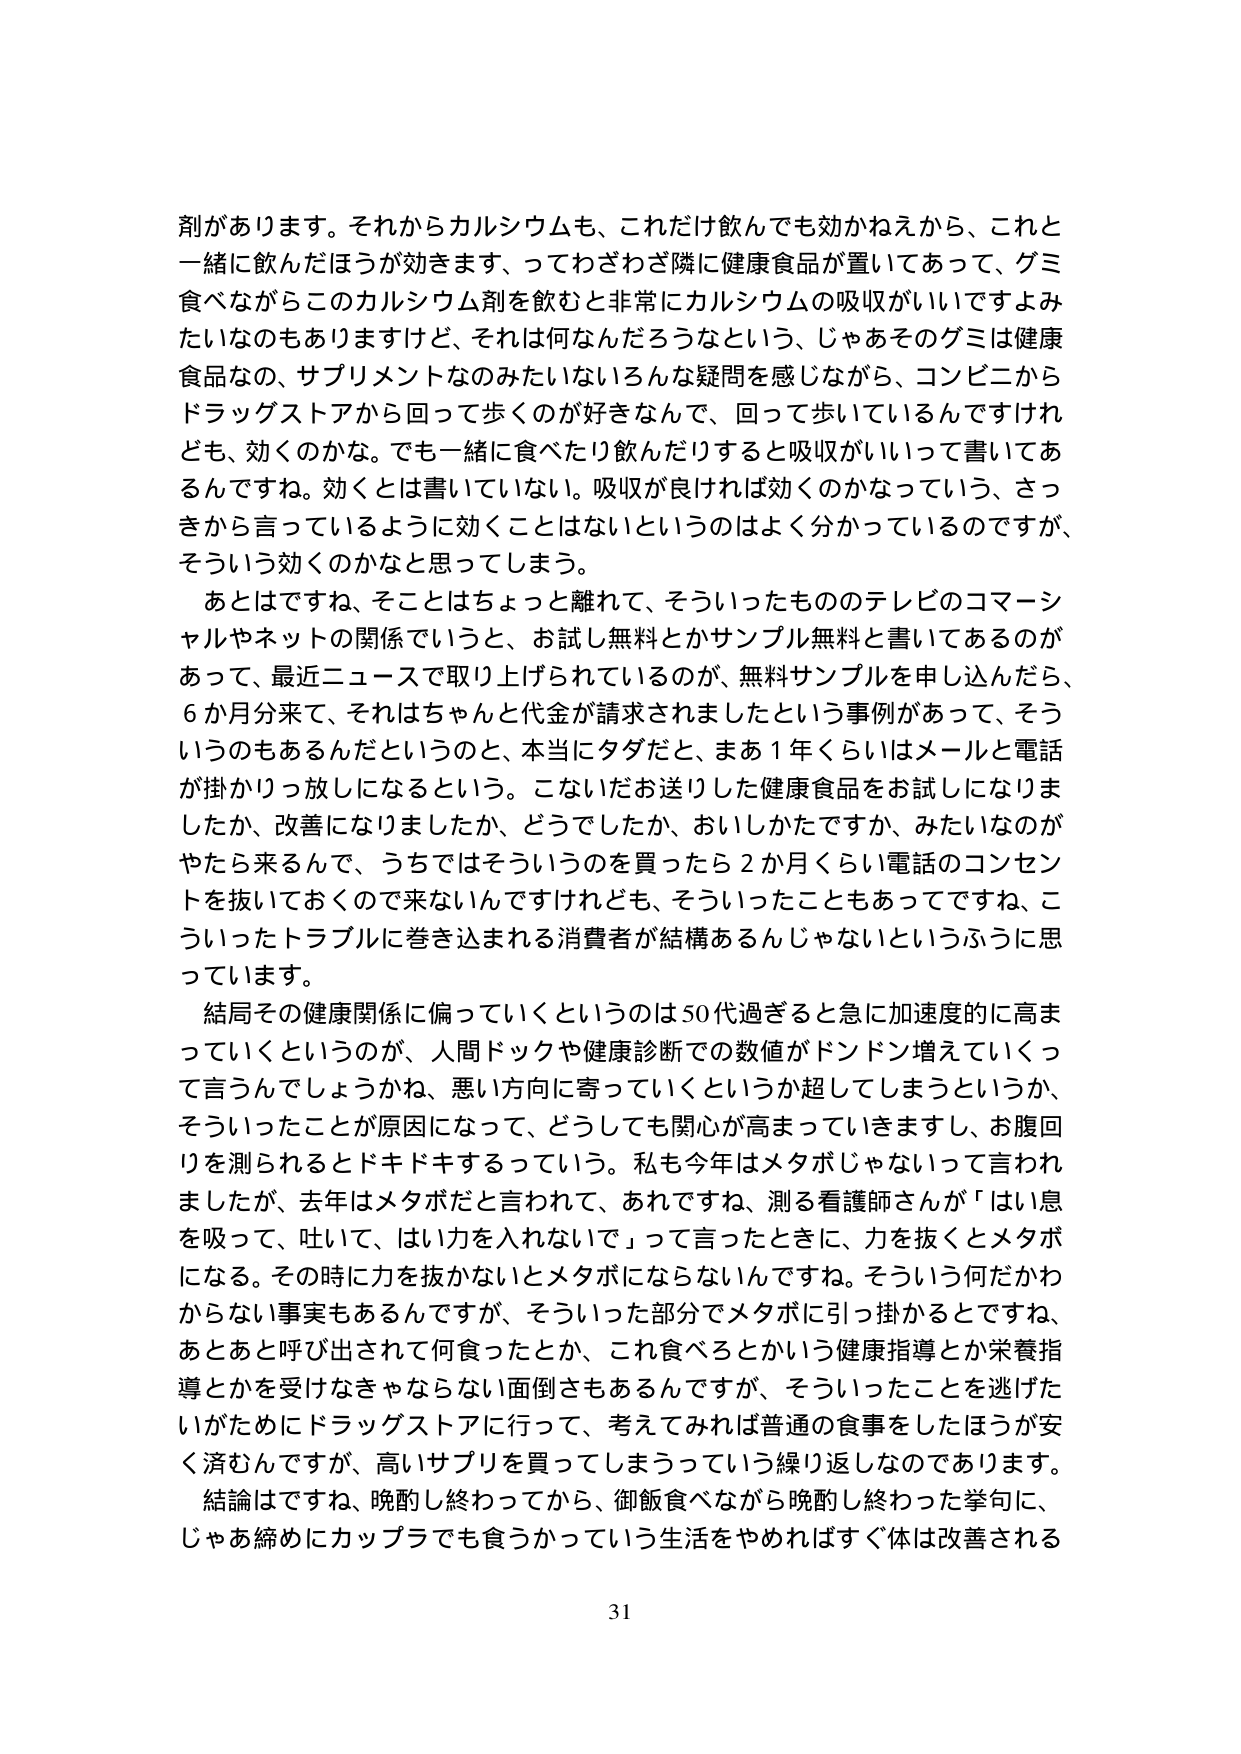
剤があります。それからカルシウムも、これだけ飲んでも効かねえから、これと
一緒に飲んだほうが効きます、ってわざわざ隣に健康食品が置いてあって、ゲミ
食べながらこのカルシウム剤を飲むと非常にカルシウムの吸収がいいですよみ
たいなものもありますけど、それは何なんだろうなという、じゃあそのゲミは健康
食品なの、サプリメントなのみたいないろんな疑問を感じながら、コンビニから
ドラッグストアから回って歩くのが好きなんで、回って歩いているんですけれ
ども、効くのかな。でも一緒に食べたり飲んだりすると吸収がいいって書いてあ
るんですね。効くとは書いていない。吸収が良ければ効くのかなっていう、さっ
きから言っているように効くことはないというのはよく分かっているのですが、
そういう効くのかなと思ってしまう。

あとはですね、そこはちょっと離れて、そういったもののテレビのコマーシ
ャルやネットの関係でいうと、お試し無料とかサンプル無料と書いてあるのが
あって、最近ニュースで取り上げられているのが、無料サンプルを申し込んだら、
6か月分来て、それはちゃんと代金が請求されましたという事例があって、そう
いうのもあるんだというのと、本当にタダだと、まあ1年くらいはメールと電話
が掛かりっ放しになるという。こないだお送りした健康食品をお試しになりま
したか、改善になりましたか、どうでしたか、おいしかたですか、みたいのが
やたら来るんで、うちではそういうのを買ったら2か月くらい電話のコンセン
トを抜いておくので来ないんですけれども、そういったこともあってですね、こ
ういったトラブルに巻き込まれる消費者が結構あるんじゃないというふうに思
っています。

結局その健康関係に偏っていくというのは50代過ぎると急に加速度的に高ま
っていくというのが、人間ドックや健康診断での数値がドンドン増えていくっ
て言うんでしょうかね、悪い方向に寄っていくというか超してしまうというか、
そういったことが原因になって、どうしても関心が高まっていきますし、お腹回
りを測られるとドキドキするっていう。私も今年はメタボじゃないって言われ
ましたが、去年はメタボだと言われて、あれですね、測る看護師さんが「はい息
を吸って、吐いて、はい力を入れないで」って言ったときに、力を抜くとメタボ
になる。その時に力を抜かないとメタボにならないんですね。そういう何だかわ
からない事実もあるんですが、そういった部分でメタボに引っ掛かるとですね、
あとあと呼び出されて何食ったとか、これ食べろとかいう健康指導とか栄養指
導とかを受けなきゃならない面倒さもあるんですが、そういったことを逃げた
いがためにドラッグストアに行って、考えてみれば普通の食事をしたほうが安
く済むんですが、高いサプリを買ってしまうっていう繰り返しなのであります。

結論はですね、晩酌し終わってから、御飯食べながら晩酌し終わった挙句に、
じゃあ締めにカップラでも食うかっていう生活をやめればすぐ体は改善される

31